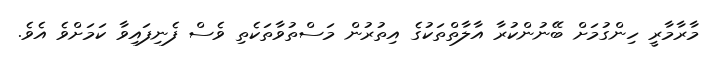
މާރާމާރީ ހިންގުމަށް ބޭނުންކުރާ އާލާތްތަކުގެ އިތުރުން މަސްތުވާތަކެތި ވެސް ފެނިފައިވާ ކަމަށްވެ އެވެ.